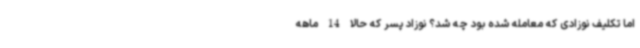
اما تکلیف نوزادی که معامله شده بود چه شد؟ نوزاد پسر که حالا 14 ماهه